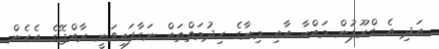
އަދި އެ ގްރޫޕުން މައްކާ އާއި މިނާގެ ހިދުމަތްތައް ނަގާފައިވަނީ ރާއްޖޭގެ އެހެން